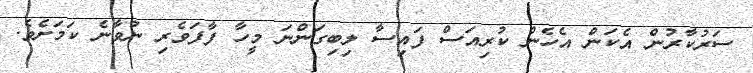
ސަރުކާރުން އެކަން އެހެން ކުރިއަސް ފައިސާ ލިބިގަންނަ މީހާ ފާފަވެރި ނުވާނެ ކަމަށެވެ.